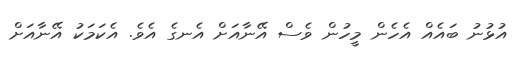
އުޅުނު ބައެއް އެހެން މީހުން ވެސް އޭނާއަށް އެނގެ އެވެ. އެކަމަކު އޭނާއަށް